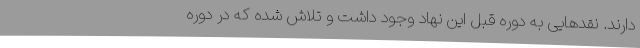
دارند. نقدهایی به دوره قبل این نهاد وجود داشت و تلاش شده که در دوره